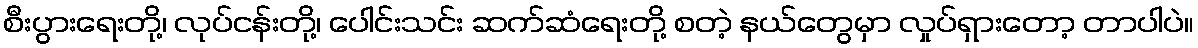
စီးပွားရေးတို့၊ လုပ်ငန်းတို့၊ ပေါင်းသင်း ဆက်ဆံရေးတို့ စတဲ့ နယ်တွေမှာ လှုပ်ရှားတော့ တာပါပဲ။